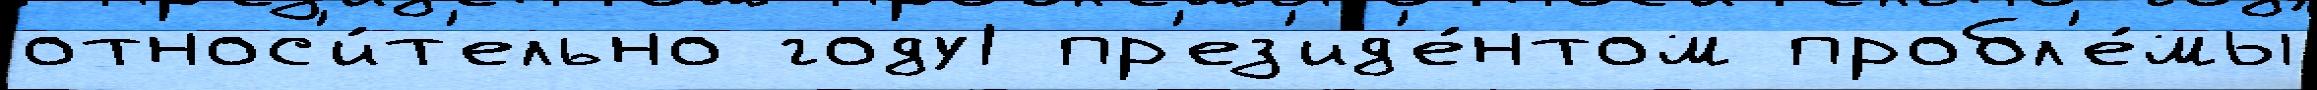
относ'и́т'ельно году1 пр'ез'ид'е́нтом пробл'е́мы